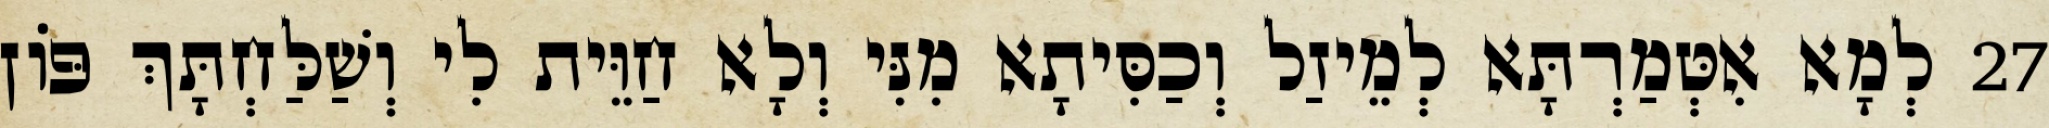
27 לְמָא אִטְּמַרְתָּא לְמֵיזַל וְכַסִּיתָא מִנִּי וְלָא חַוֵּית לִי וְשַׁלַּחְתָּךְ פּוֹן